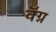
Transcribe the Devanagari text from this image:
वॅग्न